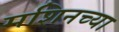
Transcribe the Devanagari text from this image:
मशिनच्या